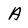
Character: A